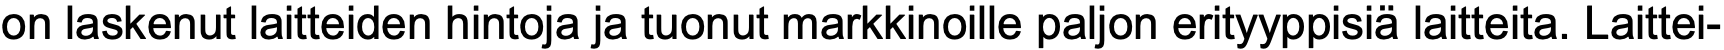
on laskenut laitteiden hintoja ja tuonut markkinoille paljon erityyppisiä laitteita. Laittei-